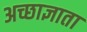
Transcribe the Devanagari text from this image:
अच्छाज्ञाता